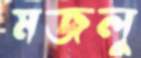
মজলু